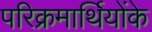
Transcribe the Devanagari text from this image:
परिक्रमार्थियोंके